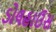
ડોલહાઉસ